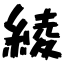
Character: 綾